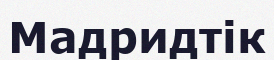
Мадридтік